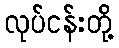
လုပ်ငန်းတို့